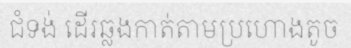
ជំទង់ ដើរឆ្លងកាត់តាមប្រហោងតូច